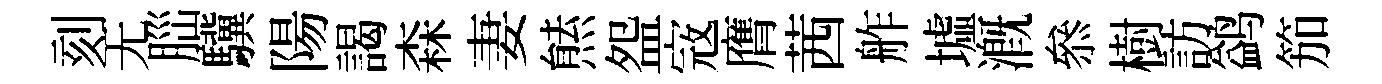
刻无𦛁驥陽謁森妻㷱盌𡨥膺茜舴墟溉叅樹訪鹢笳